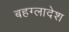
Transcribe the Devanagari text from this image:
बहग्लादेश